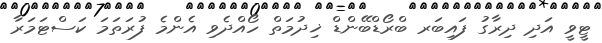
ޓީވީ އަދި ދިރާގު ފައިބަރ ބްރޯޑްބޭންޑް ޚިދުމަތް ހޯއްދެވި އެންމެ ފުރަތަމަ ކަސްޓަމަރާ